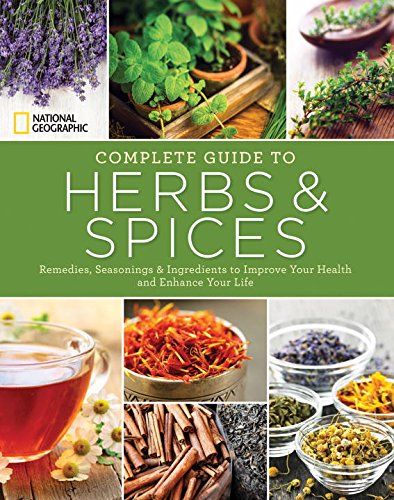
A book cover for National Geographic Complete Guide to Herbs and Spices: Remedies, Seasonings, and Ingredients to Improve Your Health and Enhance Your Life; Nancy J. Hajeski; Cookbooks, Food & Wine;